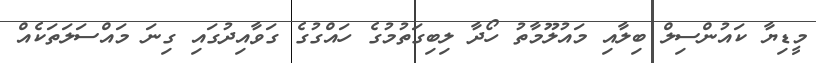
މީޑިޔާ ކައުންސިލް ބިލާއި މައުލޫމާތު ހޯދާ ލިބިގަތުމުގެ ހައްގުގެ ގަވާއިދުގައި ގިނަ މައްސަލަތަކެއް